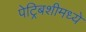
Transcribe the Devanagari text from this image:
पेट्रिबशीमध्ये